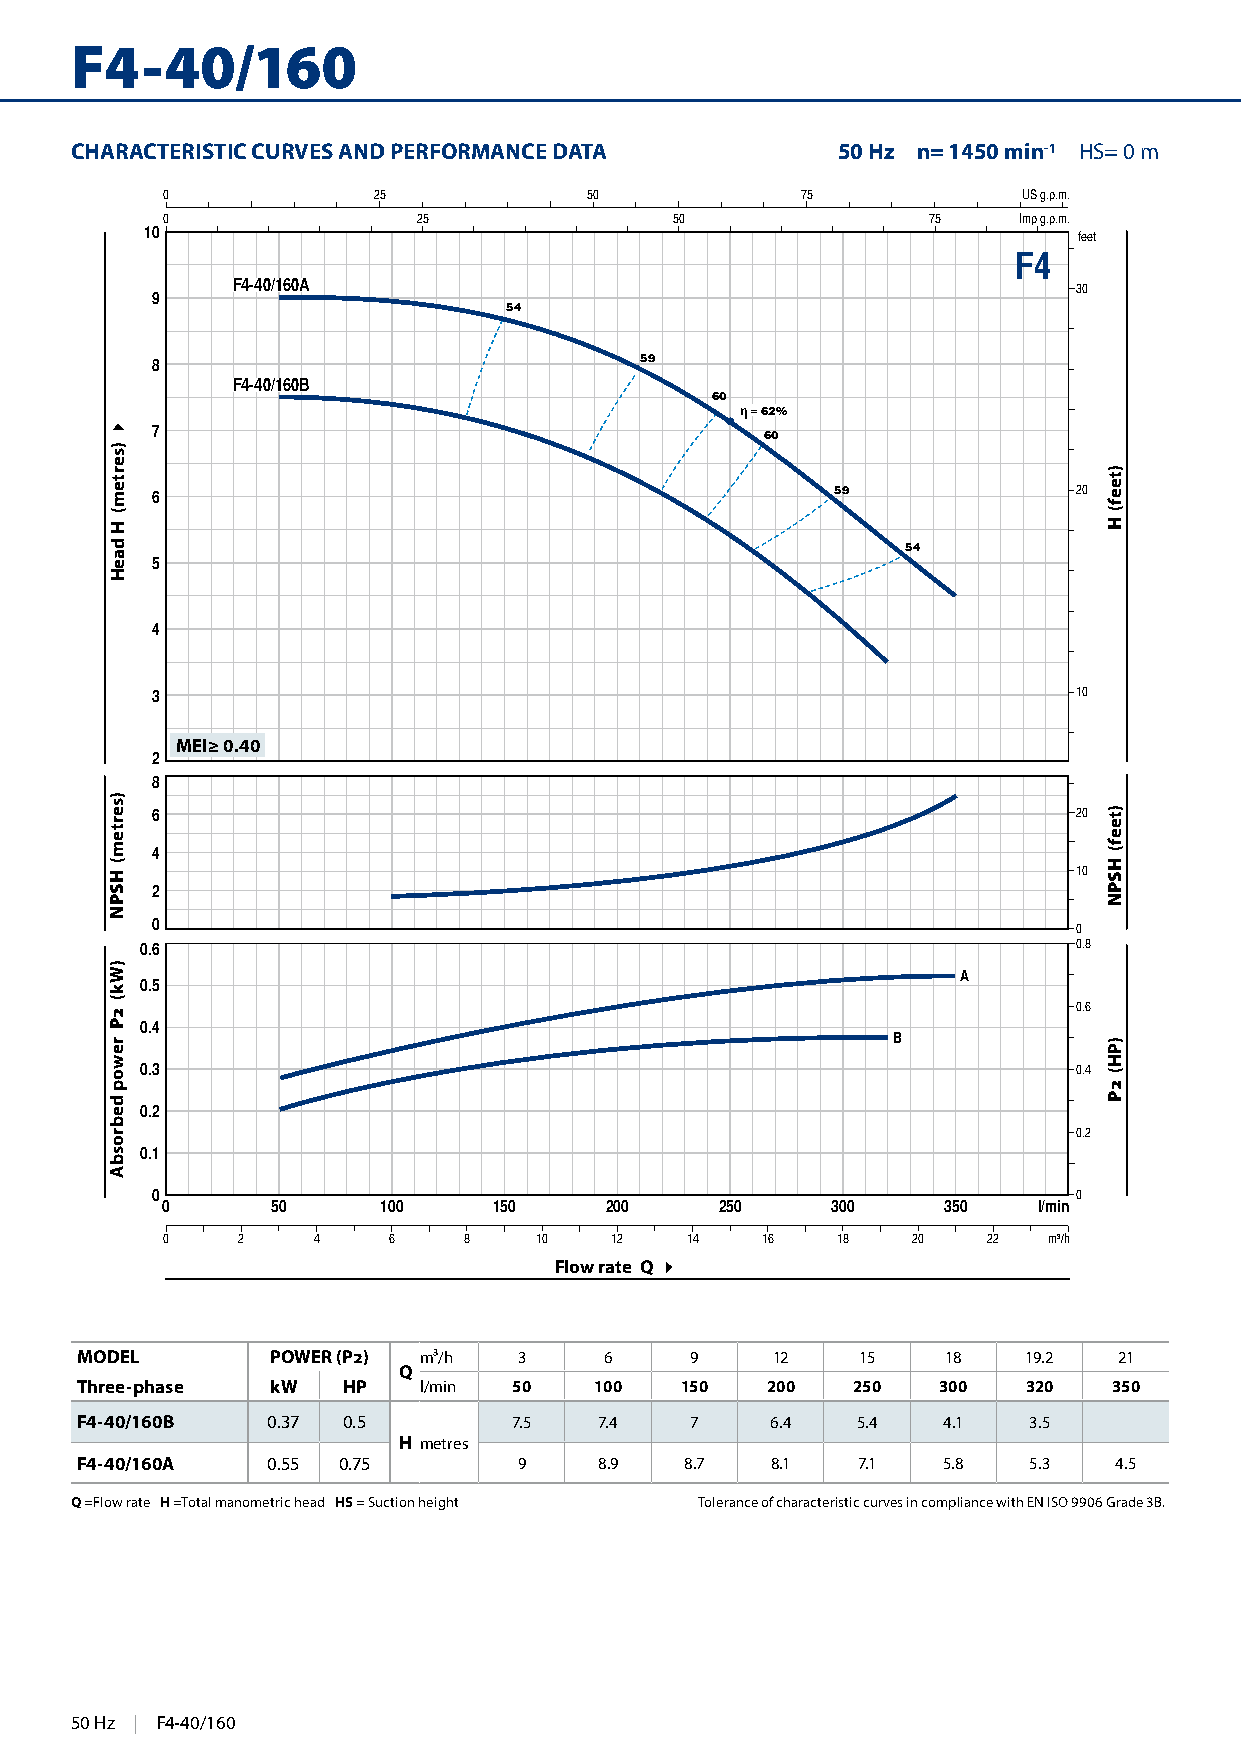
F4-40/160
 CHARACTERISTIC CURVES AND PERFORMANCE DATA        50 Hz n= 1450 min-1 HS= 0 m
 0             25            50            75             US g.p.m.
 0                25               50              75    Imp g.p.m.
 10                                                           feet
 F4
 F4-40/160A                                              30
 9
 54
 8                               59
 F4-40/160B
 60
 η = 62%
 7
 60
 6                                            59              20
 54
 5
 4
 3                                                            10
 MEI≥ 0.40
 2
 8
 6                                                            20
 4
 10
 2
 0
 0
 0.6                                                           0.8
 A
 0.5
 0.6
 0.4
 B
 0.3                                                           0.4
 0.2
 0.2
 0.1
 0                                                            0
 0      50     100     150    200     250    300    350    l/min
 0    2    4    6    8   10   12   14   16   18   20   22  m³/h
 Flow rate Q 4
 MODEL        POWER (P2) m³/h 3     6     9    12    15    18   19.2  21
 Q
 Three-phase  kW   HP   l/min 50   100   150   200  250   300   320   350
 F4-40/160B   0.37 0.5        7.5   7.4   7    6.4   5.4  4.1   3.5
 H metres
 F4-40/160A   0.55 0.75       9     8.9  8.7   8.1   7.1  5.8   5.3   4.5
 Q =Flow rate H =Total manometric head HS = Suction height Tolerance of characteristic curves in compliance with EN ISO 9906 Grade 3B.
 15908 Hz | F4-40/160
 4
 )sertem(
 H
 daeH
 )sertem(
 HSPN
 )Wk(
 2P
 rewop
 debrosbA
 )teef(
 H
 )teef(
 HSPN
 )PH(
 2P